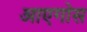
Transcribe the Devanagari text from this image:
आएगोस